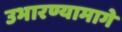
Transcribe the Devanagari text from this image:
उभारण्यामागे